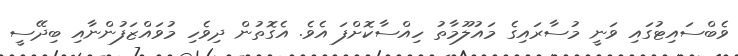
ވެބްސައިޓުގައި ވަނީ މުސާރައިގެ މައުލޫމާތު ހިއްސާކޮށްފަ އެވެ. އެގޮތުން ދިވެހި މުވައްޒަފުންނާއި ބިދޭސީ